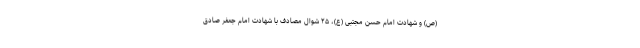
(ص) و شهادت امام حسن مجتبی (ع)، ۲۵ شوال مصادف با شهادت امام جعفر صادق